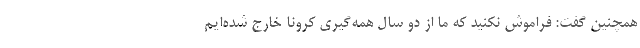
همچنین گفت: فراموش نکنید که ما از دو سال همه‌گیری کرونا خارج شده‌ایم